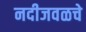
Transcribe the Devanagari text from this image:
नदीजवळचे